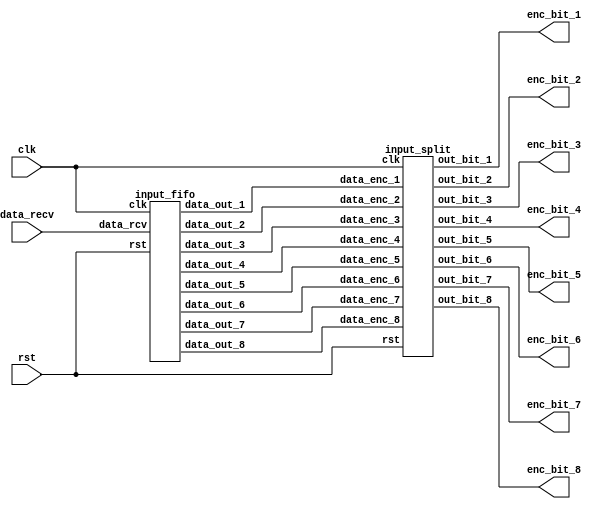
module input_shifter(clk,
					 rst,
					 data_recv,
					 enc_bit_1,
					 enc_bit_2,
					 enc_bit_3,
					 enc_bit_4,
					 enc_bit_5,
					 enc_bit_6,
					 enc_bit_7,
					 enc_bit_8);
	
	input clk,rst;
	input [15:0] data_recv;

	output [1:0] enc_bit_1,
				 enc_bit_2,
				 enc_bit_3,
				 enc_bit_4,
				 enc_bit_5,
				 enc_bit_6,
				 enc_bit_7,
				 enc_bit_8;

	wire [15:0] w_data_1,
				w_data_2,
				w_data_3,
				w_data_4,
				w_data_5,
				w_data_6,
				w_data_7,
				w_data_8;

	input_fifo u_input_fifo(.clk(clk),
			   				.rst(rst),
			   				.data_rcv(data_recv),
			   				.data_out_1(w_data_1),
			   				.data_out_2(w_data_2),
			   				.data_out_3(w_data_3),
			   				.data_out_4(w_data_4),
			   				.data_out_5(w_data_5),
			   				.data_out_6(w_data_6),
			   				.data_out_7(w_data_7),
			   				.data_out_8(w_data_8));

	input_split U_input_split(.clk(clk),
							  .rst(rst),
							  .data_enc_1(w_data_1),
							  .data_enc_2(w_data_2),
							  .data_enc_3(w_data_3),
							  .data_enc_4(w_data_4),
							  .data_enc_5(w_data_5),
							  .data_enc_6(w_data_6),
							  .data_enc_7(w_data_7),
							  .data_enc_8(w_data_8),
							  .out_bit_1(enc_bit_1),
							  .out_bit_2(enc_bit_2),
							  .out_bit_3(enc_bit_3),
							  .out_bit_4(enc_bit_4),
							  .out_bit_5(enc_bit_5),
							  .out_bit_6(enc_bit_6),
							  .out_bit_7(enc_bit_7),
							  .out_bit_8(enc_bit_8));

endmodule

module input_fifo(clk,
				  rst,
				  data_rcv,
				  data_out_1,
				  data_out_2,
				  data_out_3,
				  data_out_4,
				  data_out_5,
				  data_out_6,
				  data_out_7,
				  data_out_8);

	input clk,rst;
	input [15:0] data_rcv;

	output [15:0] data_out_1,
				 data_out_2,
				 data_out_3,
				 data_out_4,
				 data_out_5,
				 data_out_6,
				 data_out_7,
				 data_out_8;

	reg [15:0] data_out_1,
			  data_out_2,
			  data_out_3,
			  data_out_4,
			  data_out_5,
			  data_out_6,
			  data_out_7,
			  data_out_8;

    reg [2:0] counter;

    always @(posedge clk or negedge rst) begin
    	if (!rst) begin
    		// reset
    		counter <= 3'b000;
    		data_out_1 <= 16'b0000000000000000;
			data_out_2 <= 16'b0000000000000000;
			data_out_3 <= 16'b0000000000000000;
			data_out_4 <= 16'b0000000000000000;
			data_out_5 <= 16'b0000000000000000;
			data_out_6 <= 16'b0000000000000000;
			data_out_7 <= 16'b0000000000000000;
			data_out_8 <= 16'b0000000000000000;
    	end
    	else begin
    		counter <= counter + 1'b1;
    		case(counter)
    			3'b000:data_out_1 <= data_rcv;
    			3'b001:data_out_2 <= data_rcv;
    			3'b010:data_out_3 <= data_rcv;
    			3'b011:data_out_4 <= data_rcv;
    			3'b100:data_out_5 <= data_rcv;
    			3'b101:data_out_6 <= data_rcv;
    			3'b110:data_out_7 <= data_rcv;
    			3'b111:data_out_8 <= data_rcv;
    		endcase
    	end
    end

endmodule

module input_split(clk,
				   rst,
				   data_enc_1,
				   data_enc_2,
				   data_enc_3,
				   data_enc_4,
				   data_enc_5,
				   data_enc_6,
				   data_enc_7,
				   data_enc_8,
				   out_bit_1,
				   out_bit_2,
				   out_bit_3,
				   out_bit_4,
				   out_bit_5,
				   out_bit_6,
				   out_bit_7,
				   out_bit_8);

	input clk,rst;
	input [15:0] data_enc_1,
				 data_enc_2,
				 data_enc_3,
				 data_enc_4,
				 data_enc_5,
				 data_enc_6,
				 data_enc_7,
				 data_enc_8;

	output [1:0] out_bit_1,
				 out_bit_2,
				 out_bit_3,
				 out_bit_4,
				 out_bit_5,
				 out_bit_6,
				 out_bit_7,
				 out_bit_8;

	reg [1:0] out_bit_1,
			  out_bit_2,
		   	  out_bit_3,
		      out_bit_4,
			  out_bit_5,
			  out_bit_6,
			  out_bit_7,
			  out_bit_8;
	reg [2:0] counter;

	always @(posedge clk or negedge rst) begin
		if (!rst) begin
			// reset
			counter <= 3'b000;
			out_bit_1 <= 2'b00;
			out_bit_2 <= 2'b00;
			out_bit_3 <= 2'b00;
			out_bit_4 <= 2'b00;
			out_bit_5 <= 2'b00;
			out_bit_6 <= 2'b00;
			out_bit_7 <= 2'b00;
			out_bit_8 <= 2'b00;
		end
		else begin
			counter <= counter + 1'b1;
			case(counter)
				3'b000:begin
					out_bit_1 <= data_enc_1[1:0];
					out_bit_2 <= data_enc_8[3:2];
					out_bit_3 <= data_enc_7[5:4];
					out_bit_4 <= data_enc_6[7:6];
					out_bit_5 <= data_enc_5[9:8];
					out_bit_6 <= data_enc_4[11:10];
					out_bit_7 <= data_enc_3[13:12];
					out_bit_8 <= data_enc_2[15:14];
				end
				3'b001:begin
					out_bit_1 <= data_enc_2[1:0];
					out_bit_2 <= data_enc_1[3:2];
					out_bit_3 <= data_enc_8[5:4];
					out_bit_4 <= data_enc_7[7:6];
					out_bit_5 <= data_enc_6[9:8];
					out_bit_6 <= data_enc_5[11:10];
					out_bit_7 <= data_enc_4[13:12];
					out_bit_8 <= data_enc_3[15:14];
				end
				3'b010:begin
					out_bit_1 <= data_enc_3[1:0];
					out_bit_2 <= data_enc_2[3:2];
					out_bit_3 <= data_enc_1[5:4];
					out_bit_4 <= data_enc_8[7:6];
					out_bit_5 <= data_enc_7[9:8];
					out_bit_6 <= data_enc_6[11:10];
					out_bit_7 <= data_enc_5[13:12];
					out_bit_8 <= data_enc_4[15:14];
				end
				3'b011:begin
					out_bit_1 <= data_enc_4[1:0];
					out_bit_2 <= data_enc_3[3:2];
					out_bit_3 <= data_enc_2[5:4];
					out_bit_4 <= data_enc_1[7:6];
					out_bit_5 <= data_enc_8[9:8];
					out_bit_6 <= data_enc_7[11:10];
					out_bit_7 <= data_enc_6[13:12];
					out_bit_8 <= data_enc_5[15:14];
				end
				3'b100:begin
					out_bit_1 <= data_enc_5[1:0];
					out_bit_2 <= data_enc_4[3:2];
					out_bit_3 <= data_enc_3[5:4];
					out_bit_4 <= data_enc_2[7:6];
					out_bit_5 <= data_enc_1[9:8];
					out_bit_6 <= data_enc_8[11:10];
					out_bit_7 <= data_enc_7[13:12];
					out_bit_8 <= data_enc_6[15:14];
				end
				3'b101:begin
					out_bit_1 <= data_enc_6[1:0];
					out_bit_2 <= data_enc_5[3:2];
					out_bit_3 <= data_enc_4[5:4];
					out_bit_4 <= data_enc_3[7:6];
					out_bit_5 <= data_enc_2[9:8];
					out_bit_6 <= data_enc_1[11:10];
					out_bit_7 <= data_enc_8[13:12];
					out_bit_8 <= data_enc_7[15:14];
				end
				3'b110:begin
					out_bit_1 <= data_enc_7[1:0];
					out_bit_2 <= data_enc_6[3:2];
					out_bit_3 <= data_enc_5[5:4];
					out_bit_4 <= data_enc_4[7:6];
					out_bit_5 <= data_enc_3[9:8];
					out_bit_6 <= data_enc_2[11:10];
					out_bit_7 <= data_enc_1[13:12];
					out_bit_8 <= data_enc_8[15:14];
				end
				3'b111:begin
					out_bit_1 <= data_enc_8[1:0];
					out_bit_2 <= data_enc_7[3:2];
					out_bit_3 <= data_enc_6[5:4];
					out_bit_4 <= data_enc_5[7:6];
					out_bit_5 <= data_enc_4[9:8];
					out_bit_6 <= data_enc_3[11:10];
					out_bit_7 <= data_enc_2[13:12];
					out_bit_8 <= data_enc_1[15:14];
				end
			endcase
		end
	end

endmodule